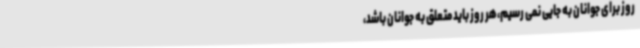
روز برای جوانان به جایی نمی رسیم،هر روز باید متعلق به جوانان باشد،